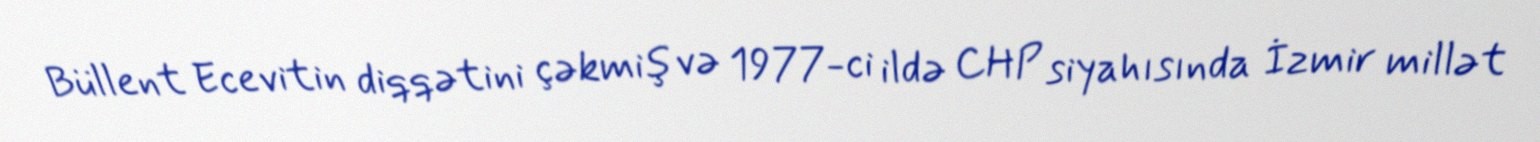
Büllent Ecevitin diqqətini çəkmiş və 1977-ci ildə CHP siyahısında İzmir millət